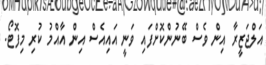
އަލްޖަޒީރާ އިން ވެސް ބޭނުންކޮށްފައި ވަނީ އައިއެސް އިން އާއްމު ކުރި މިފޮޓޯ.